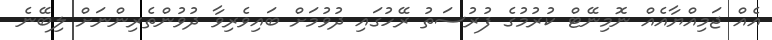
އެއް ޖަމިއްޔާއެއް ނޮމިނޭޓް ކުރުމުގެ ފުރުސަތު ރޭހުގައި ދުވުމަށް ބައިވެރިވާ ދުވުންތެރިންނަށް ލިބޭނެ